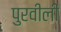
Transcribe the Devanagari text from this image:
पुरवीली